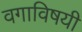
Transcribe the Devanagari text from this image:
वगाविषयी